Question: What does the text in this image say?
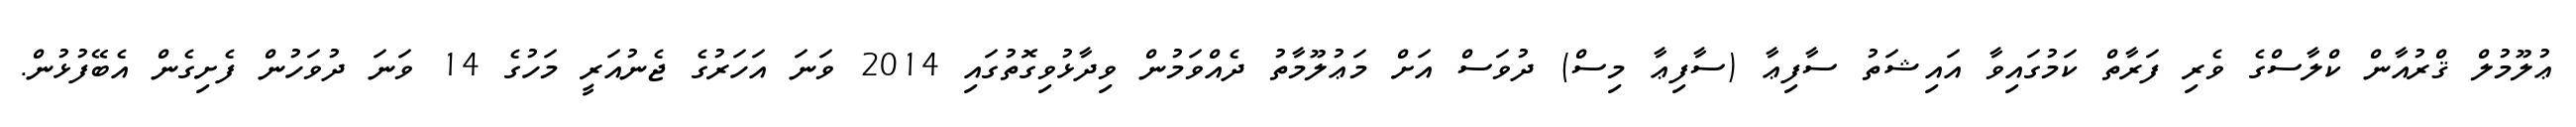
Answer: ޢުލޫމުލް ޤްރުއާން ކްލާސްގެ ވެރި ފަރާތް ކަމުގައިވާ އައިޝަތު ސާފިޢާ (ސާފިޢާ މިސް) ދުވަސް އަށް މަޢުލޫމާތު ދެއްވަމުން ވިދާޅުވިގޮތުގައި 2014 ވަނަ އަހަރުގެ ޖެނުއަރީ މަހުގެ 14 ވަނަ ދުވަހުން ފެށިގެން އެބޭފުޅުން.